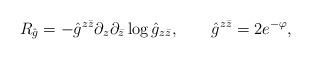
LaTeX: \begin{align*}R_{\hat g}=-{\hat g}^{z\bar z}\partial_z\partial_{\bar z}\log {\hat g}_{z\bar z},\qquad \hat g^{z\bar z}=2e^{-\varphi},\end{align*}